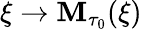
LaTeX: \xi\rightarrow\mathbf{M}_{\tau_{0}}(\xi)